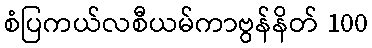
စံပြကယ်လစီယမ်ကာဗွန်နိတ် 100